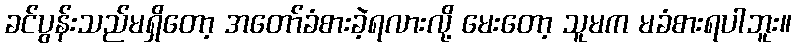
ခင်ပွန်းသည်မရှိတော့ အတော်ခံစားခဲ့ရလားလို့ မေးတော့ သူမက မခံစားရပါဘူး။